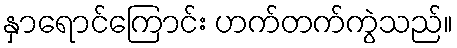
နှာရောင်ကြောင်း ဟက်တက်ကွဲသည်။